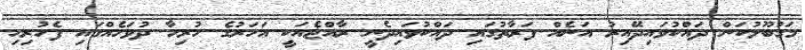
މަގުބޫލުކަން ދައްކުވައިދޭއިރު އަނެއް ފަރާތުގައި ދައްކުވައިދެނީ ރާއްޖެއަކީ އަހަރުގެ ހުރިހާ ދުވަހެއްގައި ފެހުރިހި